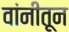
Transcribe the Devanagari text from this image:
वांनीतून